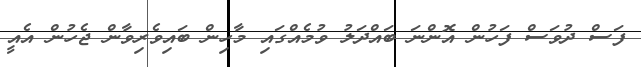
ފަސް ދުވަސް ފަހުން އޮންނަ ބައްދަލު ވުމެއްގައި މާހިން ބައިވެރިވާން ޖެހުން އެއީ